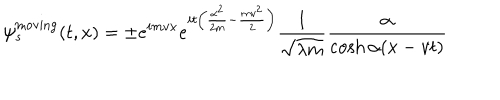
LaTeX: \psi _ { s } ^ { \mathrm { m o v i n g } } ( t , x ) = \pm e ^ { i m v x } e ^ { i t \left( \frac { \alpha ^ { 2 } } { 2 m } - \frac { m v ^ { 2 } } { 2 } \right) } \frac { 1 } { \sqrt { \lambda m } } \frac { \alpha } { \cosh \alpha ( x - v t ) }